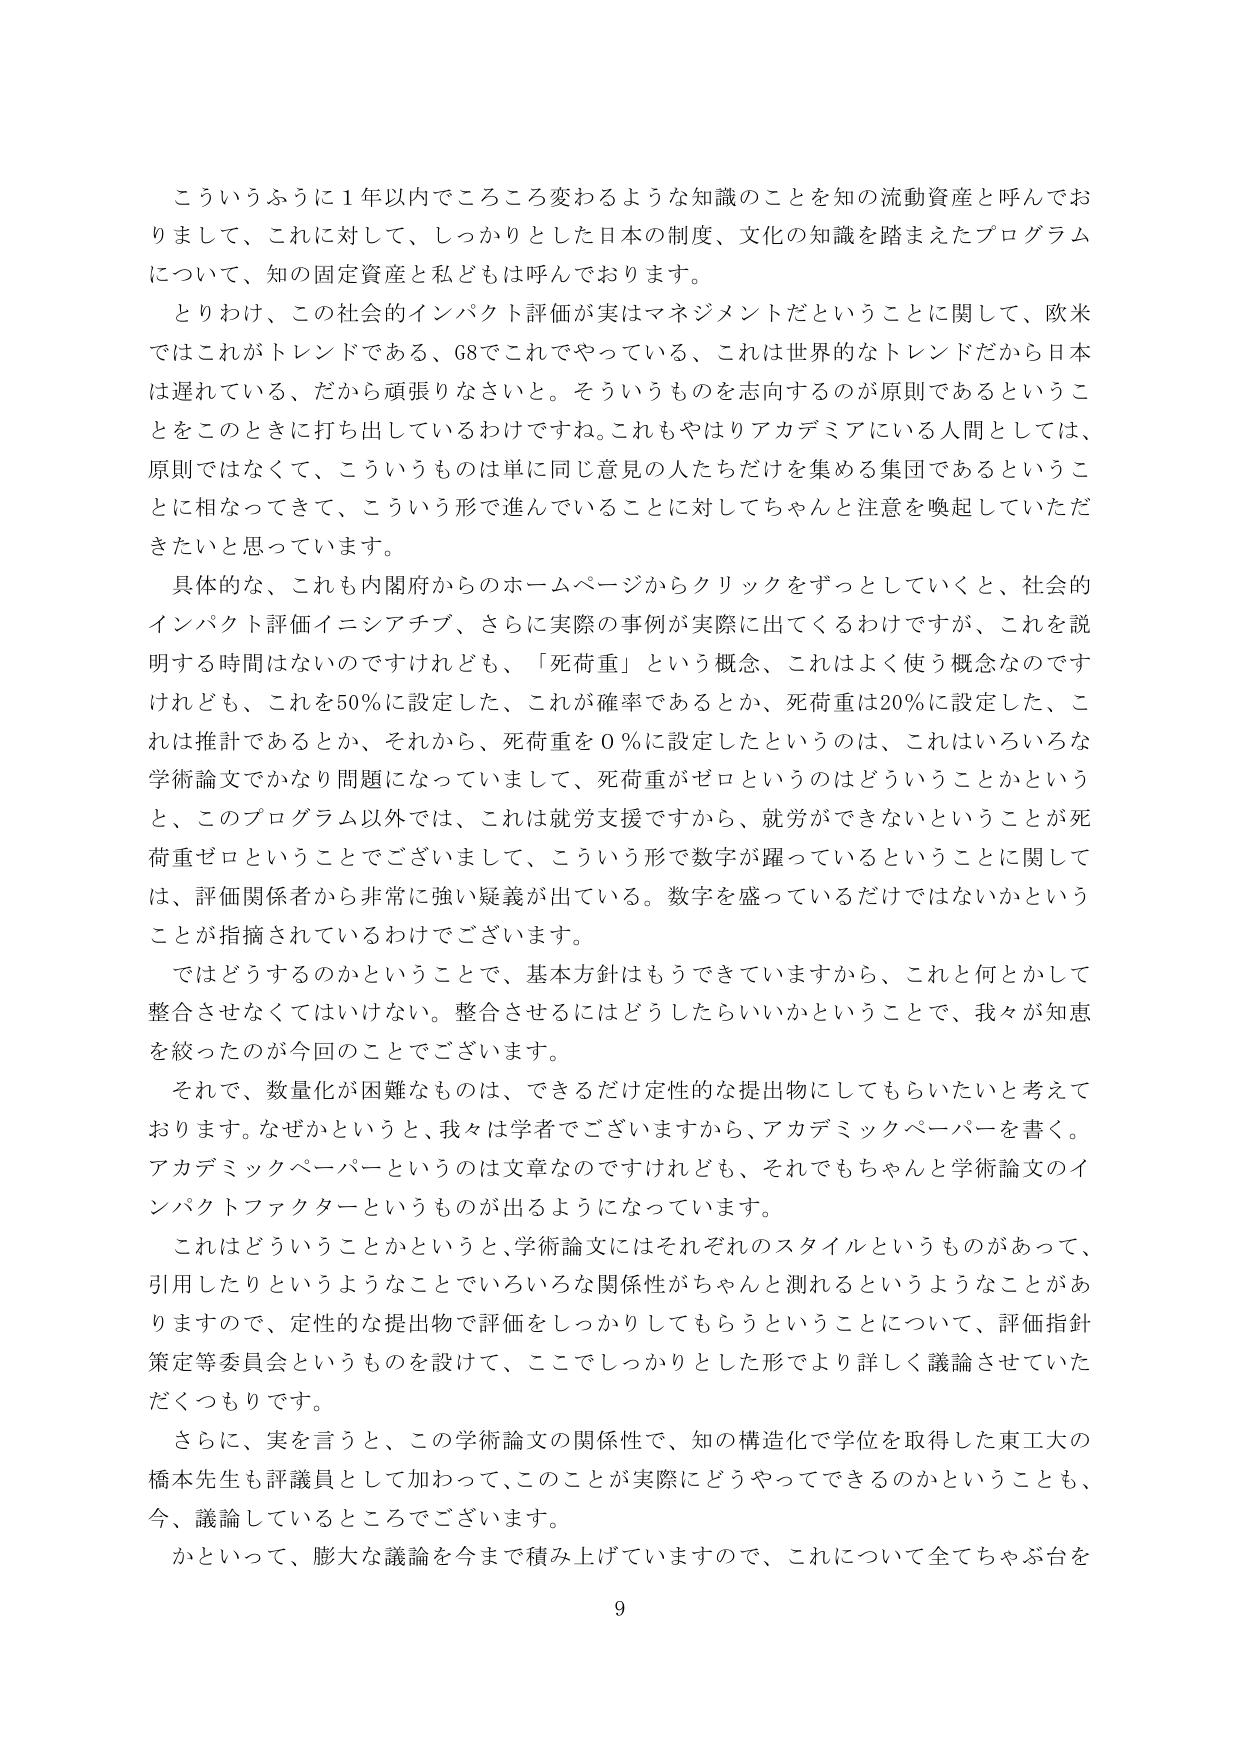
こういうふうに１年以内でころころ変わるような知識のことを知の流動資産と呼んでおりまして、これに対して、しっかりとした日本の制度、文化の知識を踏まえたプログラムについて、知の固定資産と私どもは呼んでおります。

とりわけ、この社会的インパクト評価が実はマネジメントだということに関して、欧米ではこれがトレンドである、G8でこれでやっている、これは世界的なトレンドだから日本は遅れている、だから頑張りなさいと。そういうものを志向するのが原則であるということをこのときに打ち出しているわけです。これもやはりアカデミアにいる人間としては、原則ではなくて、こういうものは単に同じ意見の人たちだけを集める集団であるということに相なってきて、こういう形で進んでいることに対してちゃんと注意を喚起していただきたいと思っています。

具体的な、これも内閣府からのホームページからクリックをずつとしていくと、社会的インパクト評価イニシアチブ、さらに実際の事例が実際に出てくるわけですが、これを説明する時間はないのですけれども、「死荷重」という概念、これはよく使う概念なのですが、けれども、これを50％に設定した、これが確率であるとか、死荷重は20％に設定した、これは推計であるとか、それから、死荷重を0％に設定したというのは、これはいろいろな学術論文でかなり問題になっていまして、死荷重がゼロというのはどういうことかというと、このプログラム以外では、これは就労支援ですから、就労ができないということが死荷重ゼロということでございまして、こういう形で数字が躍っているということに関しては、評価関係者から非常に強い疑義が出ている。数字を盛っているだけではないかということが指摘されているわけでございます。

ではどうするのかということで、基本方針はもうできていますから、これと何とかして整合させなくてはいけない。整合させるにはどうしたらいいかということで、我々が知恵を絞ったのが今回のことでございます。

それで、数量化が困難なものは、できるだけ定性的な提出物にしてもらいたいと考えております。なぜかというと、我々は学者でございますから、アカデミックペーパーを書く。アカデミックペーパーというのは文章なのですが、それでもちゃんと学術論文のインパクトファクターというものが出るようになっています。

これはどういうことかというと、学術論文にはそれぞれのスタイルというものがあって、引用したりというようなことでいろいろな関係性がちゃんと測れるというようなことがあるので、定性的な提出物で評価をしっかりしてもらうということについて、評価指針策定等委員会というものを設けて、ここでしっかりとした形でより詳しく議論させていただくつもりです。

さらに、実を言うと、この学術論文の関係性で、知の構造化で学位を取得した東工大の橋本先生も評議員として加わって、このことが実際にどうやってできるのかということも、今、議論しているところでございます。

かといって、膨大な議論を今まで積み上げていますので、これについて全てちゃぶ台を

9